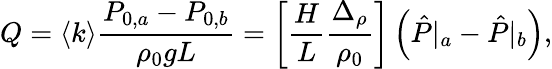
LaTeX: Q=\left<k\right>\frac{P_{0,a}-P_{0,b}}{\rho_{0}gL}=\left[\frac{H}{L}\frac{\Delta_{\rho}}{\rho_{0}}\right]\left(\hat{P}\vert_{a}-\hat{P}\vert_{b}\right),